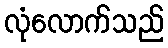
လုံလောက်သည်